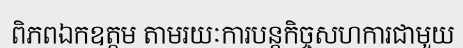
ពិភពឯកឧត្តម តាមរយៈការបន្តកិច្ចសហការជាមួយ